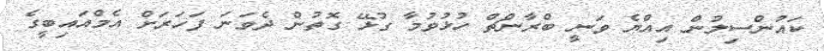
ކައުންސިލުން އިއްޔެ ވަނީ ބްރާންޗް ހުޅުވުމާ ގުޅޭ ގޮތުން ދެވަނަ ފަހަރަށް އެމްއައިބީގެ